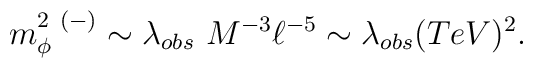
m^{2\ (-)}_{\phi} \sim\lambda_{obs}\ M^{-3} \ell^{-5} \sim \lambda_{obs} (TeV)^2.